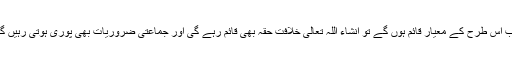
جب اس طرح کے معیار قائم ہوں گے تو انشاء اللہ تعالیٰ خلافت حقہ بھی قائم رہے گی اور جماعتی ضروریات بھی پوری ہوتی رہیں گی۔